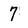
Character: 7